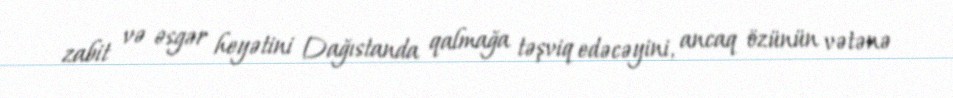
zabit və əsgər heyətini Dağıstanda qalmağa təşviq edəcəyini, ancaq özünün vətənə